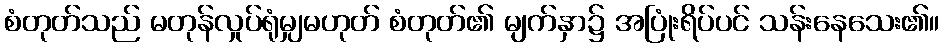
စံတုတ်သည် မတုန်လှုပ်ရုံမျှမဟုတ် စံတုတ်၏ မျက်နှာ၌ အပြုံးရိပ်ပင် သန်းနေသေး၏။